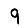
Digit: 9